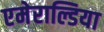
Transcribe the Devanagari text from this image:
एमेराल्डिया